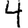
Digit: 4